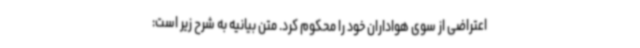
اعتراضی از سوی هواداران خود را محکوم کرد. متن بیانیه به شرح زیر است: